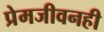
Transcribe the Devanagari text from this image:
प्रेमजीवनही